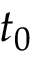
t _ { 0 }